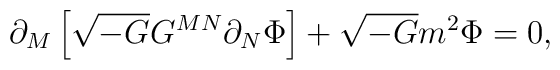
\partial_M\left[\sqrt{-G}G^{MN}\partial_N\Phi\right]+\sqrt{-G}m^2\Phi=0,